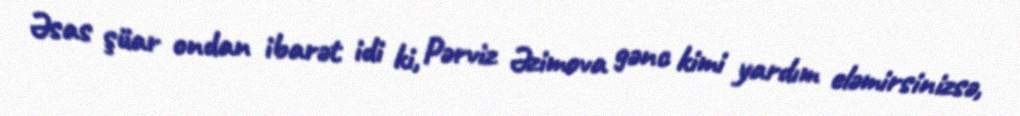
Əsas şüar ondan ibarət idi ki, Pərviz Əzimova gənc kimi yardım eləmirsinizsə,